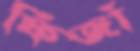
ফিজাঁ